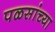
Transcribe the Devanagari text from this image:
पळसांच्या